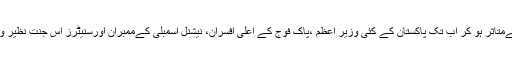
علاقے کی خوبصورتی سےمتاثر ہو کر اب تک پاکستان کے کئی وزیر اعظم ،پاک فوج کے اعلی افسران، نیشنل اسمبلی کےممبران اورسنیٹرز اس جنت نظیر وادی کا رخ کر چکے ہیں ۔